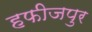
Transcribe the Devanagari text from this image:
हफीजपुर